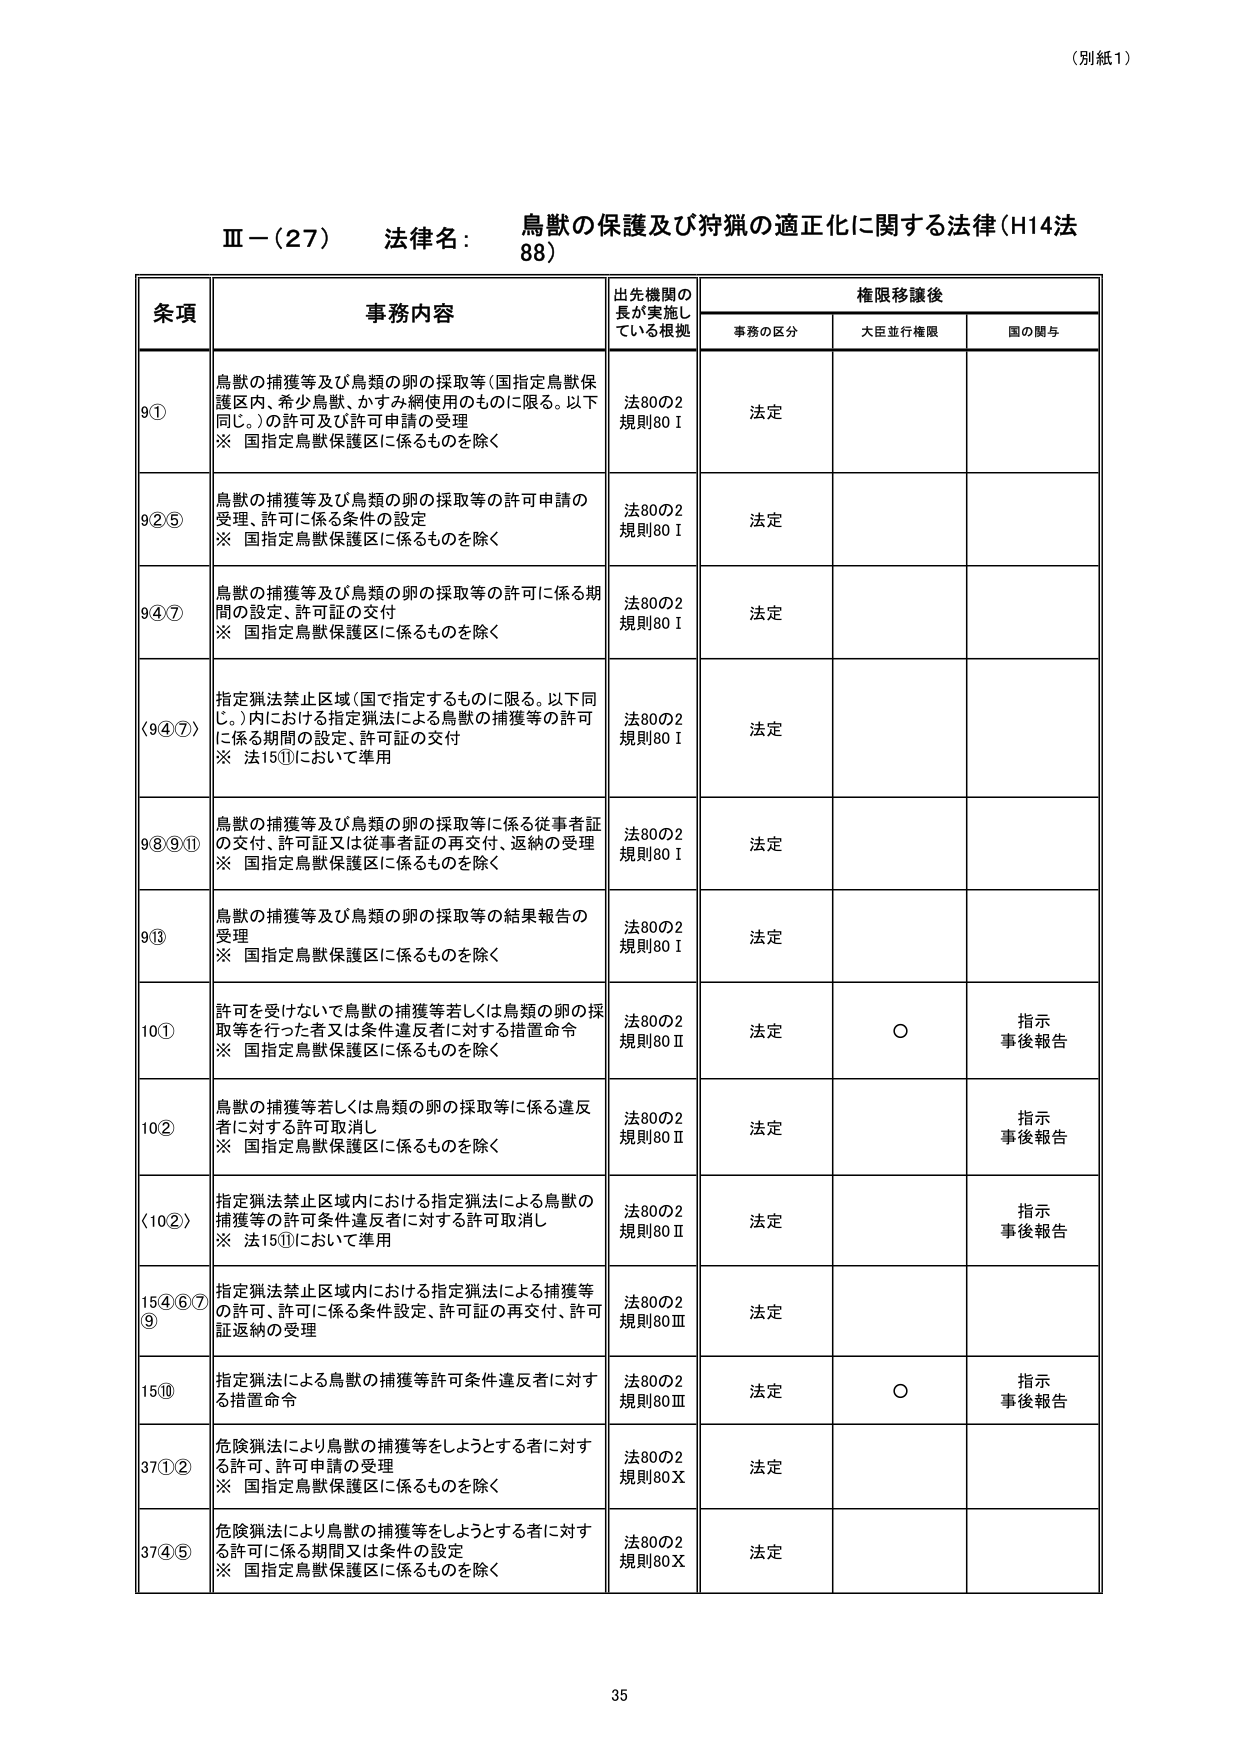
（別紙1）

Ⅲ－（27） 法律名： 鳥獣の保護及び狩猟の適正化に関する法律（H14法88）

条項 事務内容 出先機関の長が実施している根拠 権限移譲後